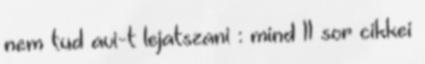
nem tud avi-t lejatszani : mind 11 sor cikkei